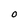
Character: O